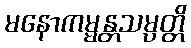
မနောကမ္မန္တသမ္ပတ္တိ